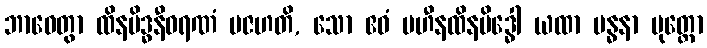
ဘာဝေတွာ ထိနမိဒ္ဓနီဝရဏံ ပဇဟတိ, သော ဧဝံ ပဟီနထိနမိဒ္ဓေါ ယထာ ဗန္ဓနာ မုတ္တော